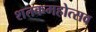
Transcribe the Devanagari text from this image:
शतकमहोत्सव